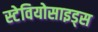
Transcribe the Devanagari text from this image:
स्टेवियोसाइड्स